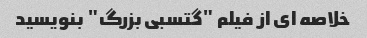
خلاصه ای از فیلم "گتسبی بزرگ" بنویسید